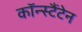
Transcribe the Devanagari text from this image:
कॉन्स्टैंटेन